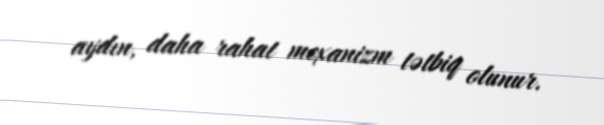
aydın, daha rahat mexanizm tətbiq olunur.